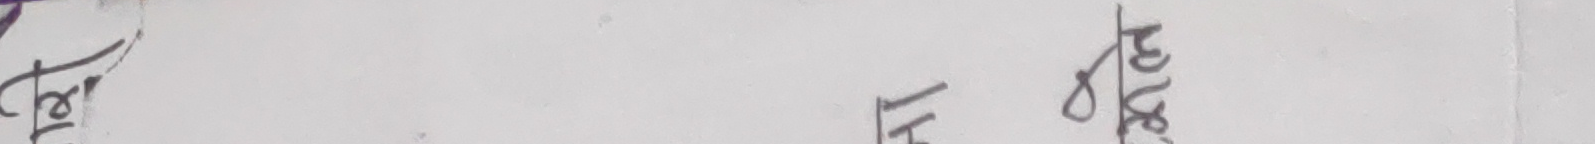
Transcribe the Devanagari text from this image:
तर हो